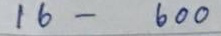
16 - 600